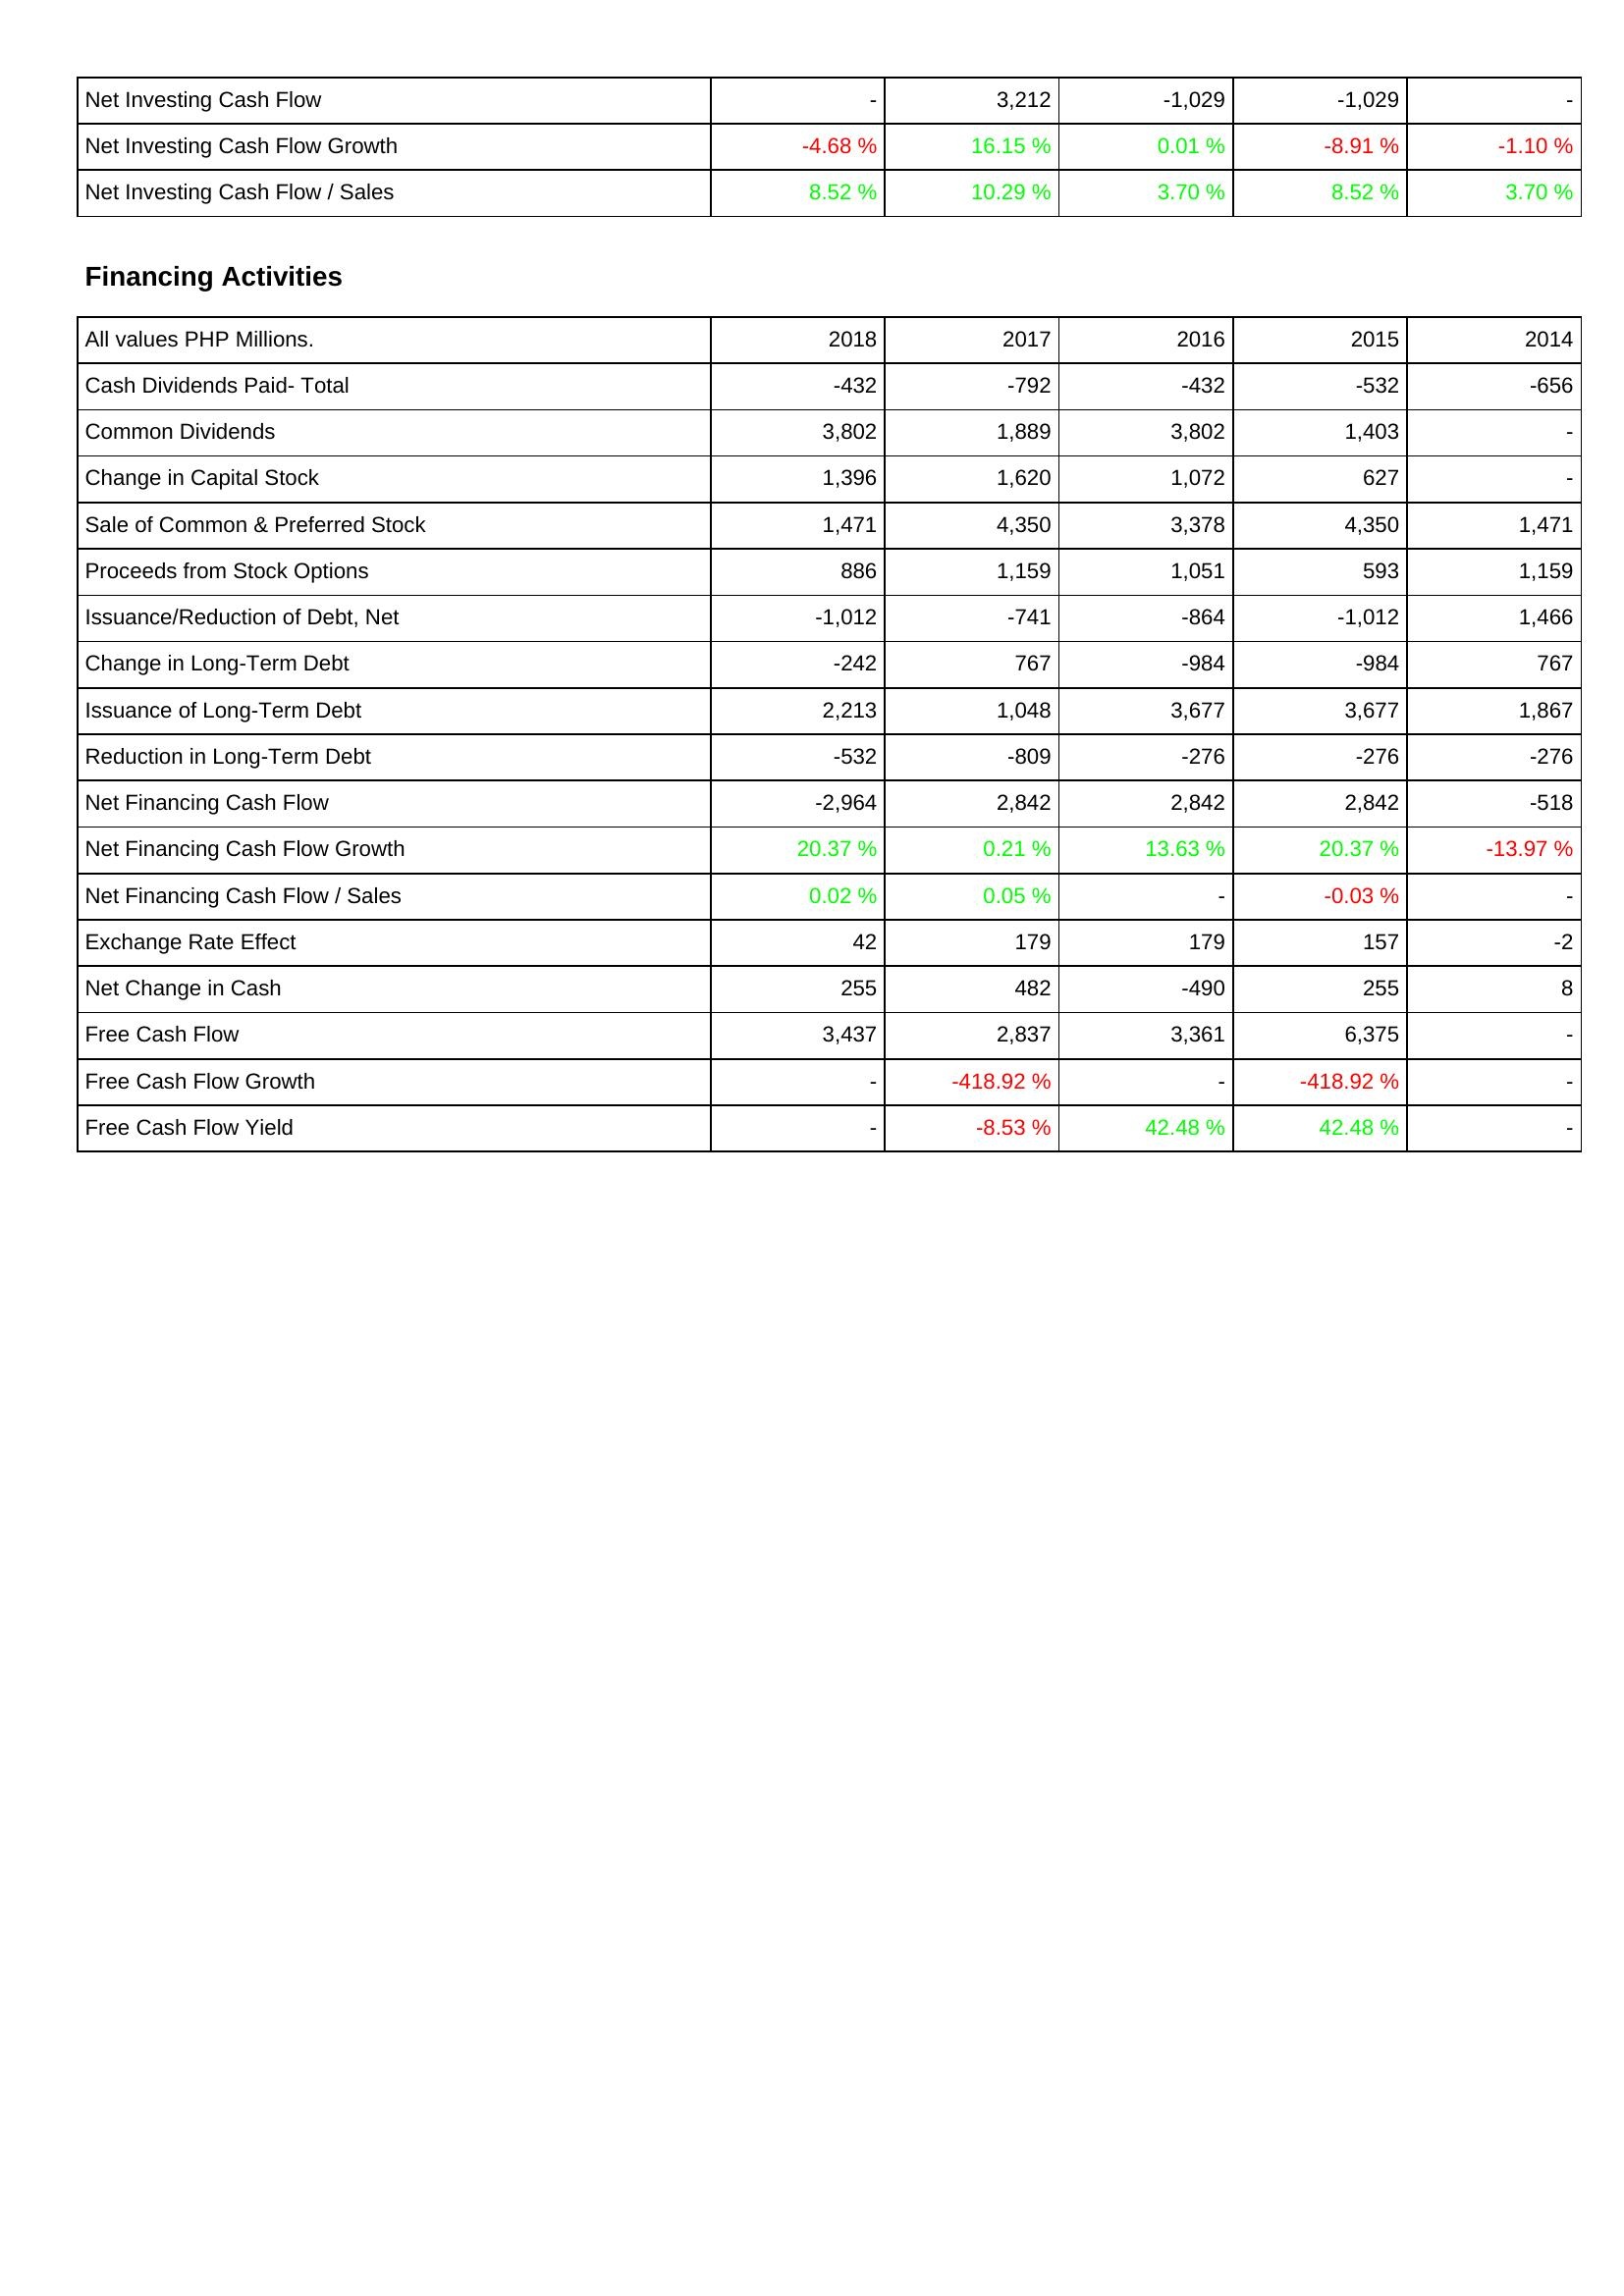
2018: Investing Activities: Net Investing Cash Flow: -
Net Investing Cash Flow Growth: -4.68 %
Net Investing Cash Flow / Sales: 8.52 %
Financing Activities: Cash Dividends Paid- Total: -432
Common Dividends: 3,802
Change in Capital Stock: 1,396
Sale of Common & Preferred Stock: 1,471
Proceeds from Stock Options: 886
Issuance/Reduction of Debt, Net: -1,012
Change in Long-Term Debt: -242
Issuance of Long-Term Debt: 2,213
Reduction in Long-Term Debt: -532
Net Financing Cash Flow: -2,964
Net Financing Cash Flow Growth: 20.37 %
Net Financing Cash Flow / Sales: 0.02 %
Exchange Rate Effect: 42
Net Change in Cash: 255
Free Cash Flow: 3,437
Free Cash Flow Growth: -
Free Cash Flow Yield: -
2017: Investing Activities: Net Investing Cash Flow: 3,212
Net Investing Cash Flow Growth: 16.15 %
Net Investing Cash Flow / Sales: 10.29 %
Financing Activities: Cash Dividends Paid- Total: -792
Common Dividends: 1,889
Change in Capital Stock: 1,620
Sale of Common & Preferred Stock: 4,350
Proceeds from Stock Options: 1,159
Issuance/Reduction of Debt, Net: -741
Change in Long-Term Debt: 767
Issuance of Long-Term Debt: 1,048
Reduction in Long-Term Debt: -809
Net Financing Cash Flow: 2,842
Net Financing Cash Flow Growth: 0.21 %
Net Financing Cash Flow / Sales: 0.05 %
Exchange Rate Effect: 179
Net Change in Cash: 482
Free Cash Flow: 2,837
Free Cash Flow Growth: -418.92 %
Free Cash Flow Yield: -8.53 %
2016: Investing Activities: Net Investing Cash Flow: -1,029
Net Investing Cash Flow Growth: 0.01 %
Net Investing Cash Flow / Sales: 3.70 %
Financing Activities: Cash Dividends Paid- Total: -432
Common Dividends: 3,802
Change in Capital Stock: 1,072
Sale of Common & Preferred Stock: 3,378
Proceeds from Stock Options: 1,051
Issuance/Reduction of Debt, Net: -864
Change in Long-Term Debt: -984
Issuance of Long-Term Debt: 3,677
Reduction in Long-Term Debt: -276
Net Financing Cash Flow: 2,842
Net Financing Cash Flow Growth: 13.63 %
Net Financing Cash Flow / Sales: -
Exchange Rate Effect: 179
Net Change in Cash: -490
Free Cash Flow: 3,361
Free Cash Flow Growth: -
Free Cash Flow Yield: 42.48 %
2015: Investing Activities: Net Investing Cash Flow: -1,029
Net Investing Cash Flow Growth: -8.91 %
Net Investing Cash Flow / Sales: 8.52 %
Financing Activities: Cash Dividends Paid- Total: -532
Common Dividends: 1,403
Change in Capital Stock: 627
Sale of Common & Preferred Stock: 4,350
Proceeds from Stock Options: 593
Issuance/Reduction of Debt, Net: -1,012
Change in Long-Term Debt: -984
Issuance of Long-Term Debt: 3,677
Reduction in Long-Term Debt: -276
Net Financing Cash Flow: 2,842
Net Financing Cash Flow Growth: 20.37 %
Net Financing Cash Flow / Sales: -0.03 %
Exchange Rate Effect: 157
Net Change in Cash: 255
Free Cash Flow: 6,375
Free Cash Flow Growth: -418.92 %
Free Cash Flow Yield: 42.48 %
2014: Investing Activities: Net Investing Cash Flow: -
Net Investing Cash Flow Growth: -1.10 %
Net Investing Cash Flow / Sales: 3.70 %
Financing Activities: Cash Dividends Paid- Total: -656
Common Dividends: -
Change in Capital Stock: -
Sale of Common & Preferred Stock: 1,471
Proceeds from Stock Options: 1,159
Issuance/Reduction of Debt, Net: 1,466
Change in Long-Term Debt: 767
Issuance of Long-Term Debt: 1,867
Reduction in Long-Term Debt: -276
Net Financing Cash Flow: -518
Net Financing Cash Flow Growth: -13.97 %
Net Financing Cash Flow / Sales: -
Exchange Rate Effect: -2
Net Change in Cash: 8
Free Cash Flow: -
Free Cash Flow Growth: -
Free Cash Flow Yield: -